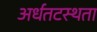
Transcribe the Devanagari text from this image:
अर्धतटस्थता